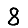
Digit: 8